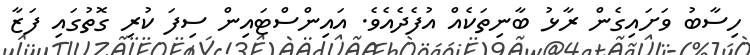
ހިސާބު ވަށައިގެން ރާޅު ބާނިތަކެއް އުފެދެއެވެ. އައިންސްޓައިން ސިފަ ކުރި ގޮތުގައި ފަޒާ